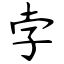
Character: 孛